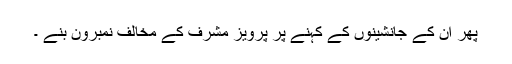
پھر ان کے جانشینوں کے کہنے پر پرویز مشرف کے مخالف نمبرون بنے ۔